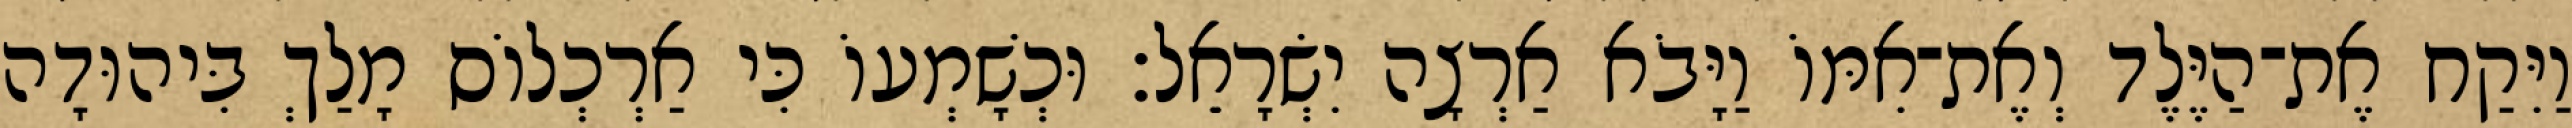
וַיִּקַח אֶת־הַיֶּלֶד וְאֶת־אִמּוֹ וַיָּבֹא אַרְצָה יִשְׂרָאֵל׃ וּכְשָׁמְעוֹ כִּי אַרְכְלוֹס מָלַךְ בִּיהוּדָה